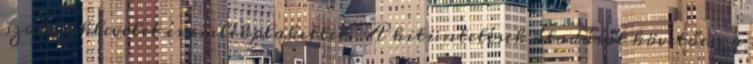
szóló oklevelet és emlékplakettet. A kitüntetések átadását követően a